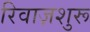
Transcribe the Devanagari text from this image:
रिवाज़शुरू